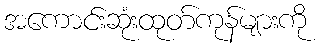
အကောင်းဆုံးထုတ်ကုန်များကို